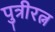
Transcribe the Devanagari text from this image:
पुत्रीरत्न